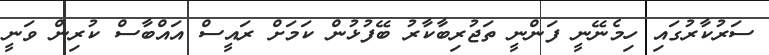
ސަރުކާރުގައި ހިމެނޭނީ ފަންނީ ތަޖުރިބާކާރު ބޭފުޅުން ކަމަށް ރައީސް އައްބާސް ކުރިން ވަނީ